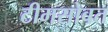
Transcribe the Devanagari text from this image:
टीमसोबत